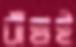
বাঁছাই